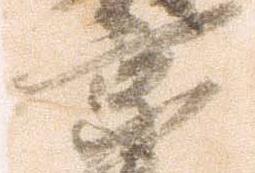
京